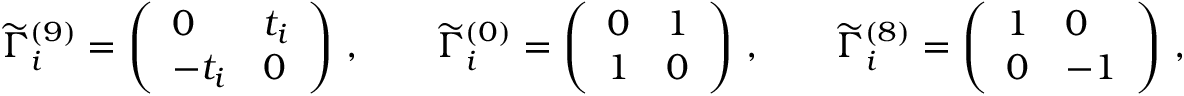
\widetilde { \Gamma } _ { i } ^ { ( 9 ) } = \left( \begin{array} { l l } { { 0 } } & { { t _ { i } } } \\ { { - t _ { i } } } & { { 0 } } \end{array} \right) \, , \qquad \widetilde { \Gamma } _ { i } ^ { ( 0 ) } = \left( \begin{array} { l l } { { 0 } } & { { 1 } } \\ { { 1 } } & { { 0 } } \end{array} \right) \, , \qquad \widetilde { \Gamma } _ { i } ^ { ( 8 ) } = \left( \begin{array} { l l } { { 1 } } & { { 0 } } \\ { { 0 } } & { { - 1 } } \end{array} \right) \, ,